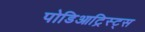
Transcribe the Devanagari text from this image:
पोडिआट्रिस्ट्स